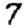
Digit: 7